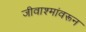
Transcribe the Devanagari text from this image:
जीवाश्मांवरून